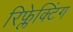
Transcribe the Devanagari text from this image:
रिफ्लेक्टिंग